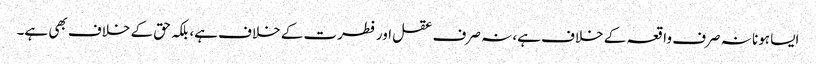
ایسا ہونا نہ صرف واقعہ کے خلاف ہے، نہ صرف عقل اور فطرت کے خلاف ہے، بلکہ حق کے خلاف بھی ہے۔